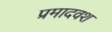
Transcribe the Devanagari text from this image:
प्रमादवश